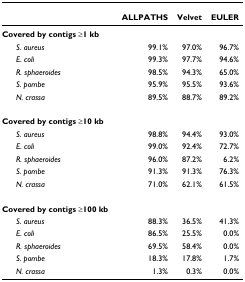
<table><thead><tr><td></td><td><b>ALLPATHS</b></td><td><b>Velvet</b></td><td><b>EULER</b></td></tr></thead><tbody><tr><td><b>Covered by contigs ≥1 kb</b></td><td></td><td></td><td></td></tr><tr><td> <i>S. aureus</i></td><td>99.1%</td><td>97.0%</td><td>96.7%</td></tr><tr><td> <i>E. coli</i></td><td>99.3%</td><td>97.7%</td><td>94.6%</td></tr><tr><td> <i>R. sphaeroides</i></td><td>98.5%</td><td>94.3%</td><td>65.0%</td></tr><tr><td> <i>S. pombe</i></td><td>95.9%</td><td>95.5%</td><td>93.6%</td></tr><tr><td> <i>N. crassa</i></td><td>89.5%</td><td>88.7%</td><td>89.2%</td></tr><tr><td><b>Covered by contigs ≥10 kb</b></td><td></td><td></td><td></td></tr><tr><td> <i>S. aureus</i></td><td>98.8%</td><td>94.4%</td><td>93.0%</td></tr><tr><td> <i>E. coli</i></td><td>99.0%</td><td>92.4%</td><td>72.7%</td></tr><tr><td> <i>R. sphaeroides</i></td><td>96.0%</td><td>87.2%</td><td>6.2%</td></tr><tr><td> <i>S. pombe</i></td><td>91.3%</td><td>91.3%</td><td>76.3%</td></tr><tr><td> <i>N. crassa</i></td><td>71.0%</td><td>62.1%</td><td>61.5%</td></tr><tr><td><b>Covered by contigs ≥100 kb</b></td><td></td><td></td><td></td></tr><tr><td> <i>S. aureus</i></td><td>88.3%</td><td>36.5%</td><td>41.3%</td></tr><tr><td> <i>E. coli</i></td><td>86.5%</td><td>25.5%</td><td>0.0%</td></tr><tr><td> <i>R. sphaeroides</i></td><td>69.5%</td><td>58.4%</td><td>0.0%</td></tr><tr><td> <i>S. pombe</i></td><td>18.3%</td><td>17.8%</td><td>1.7%</td></tr><tr><td> <i>N. crassa</i></td><td>1.3%</td><td>0.3%</td><td>0.0%</td></tr></tbody></table>